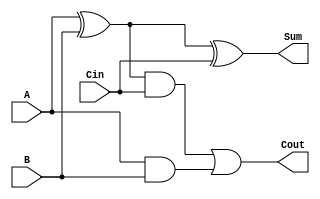
`timescale 1ns / 1ps

module full_adder(
    input A, B, Cin,
    output Sum, Cout
    );
    wire w1,w2,w3;
    xor G1(w1, A, B);
    and G3(w2, w1, Cin);
    and G4(w3, A, B);
    xor G2(Sum, w1, Cin);
    or G5(Cout, w2, w3);
endmodule